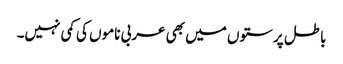
باطل پرستوں میں بھی عربی ناموں کی کمی نہیں۔